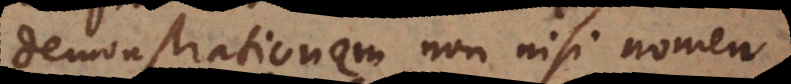
demonstrationem non nisi nomen